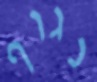
נגוף